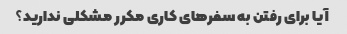
آیا برای رفتن به سفرهای کاری مکرر مشکلی ندارید؟